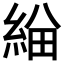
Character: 𦁃